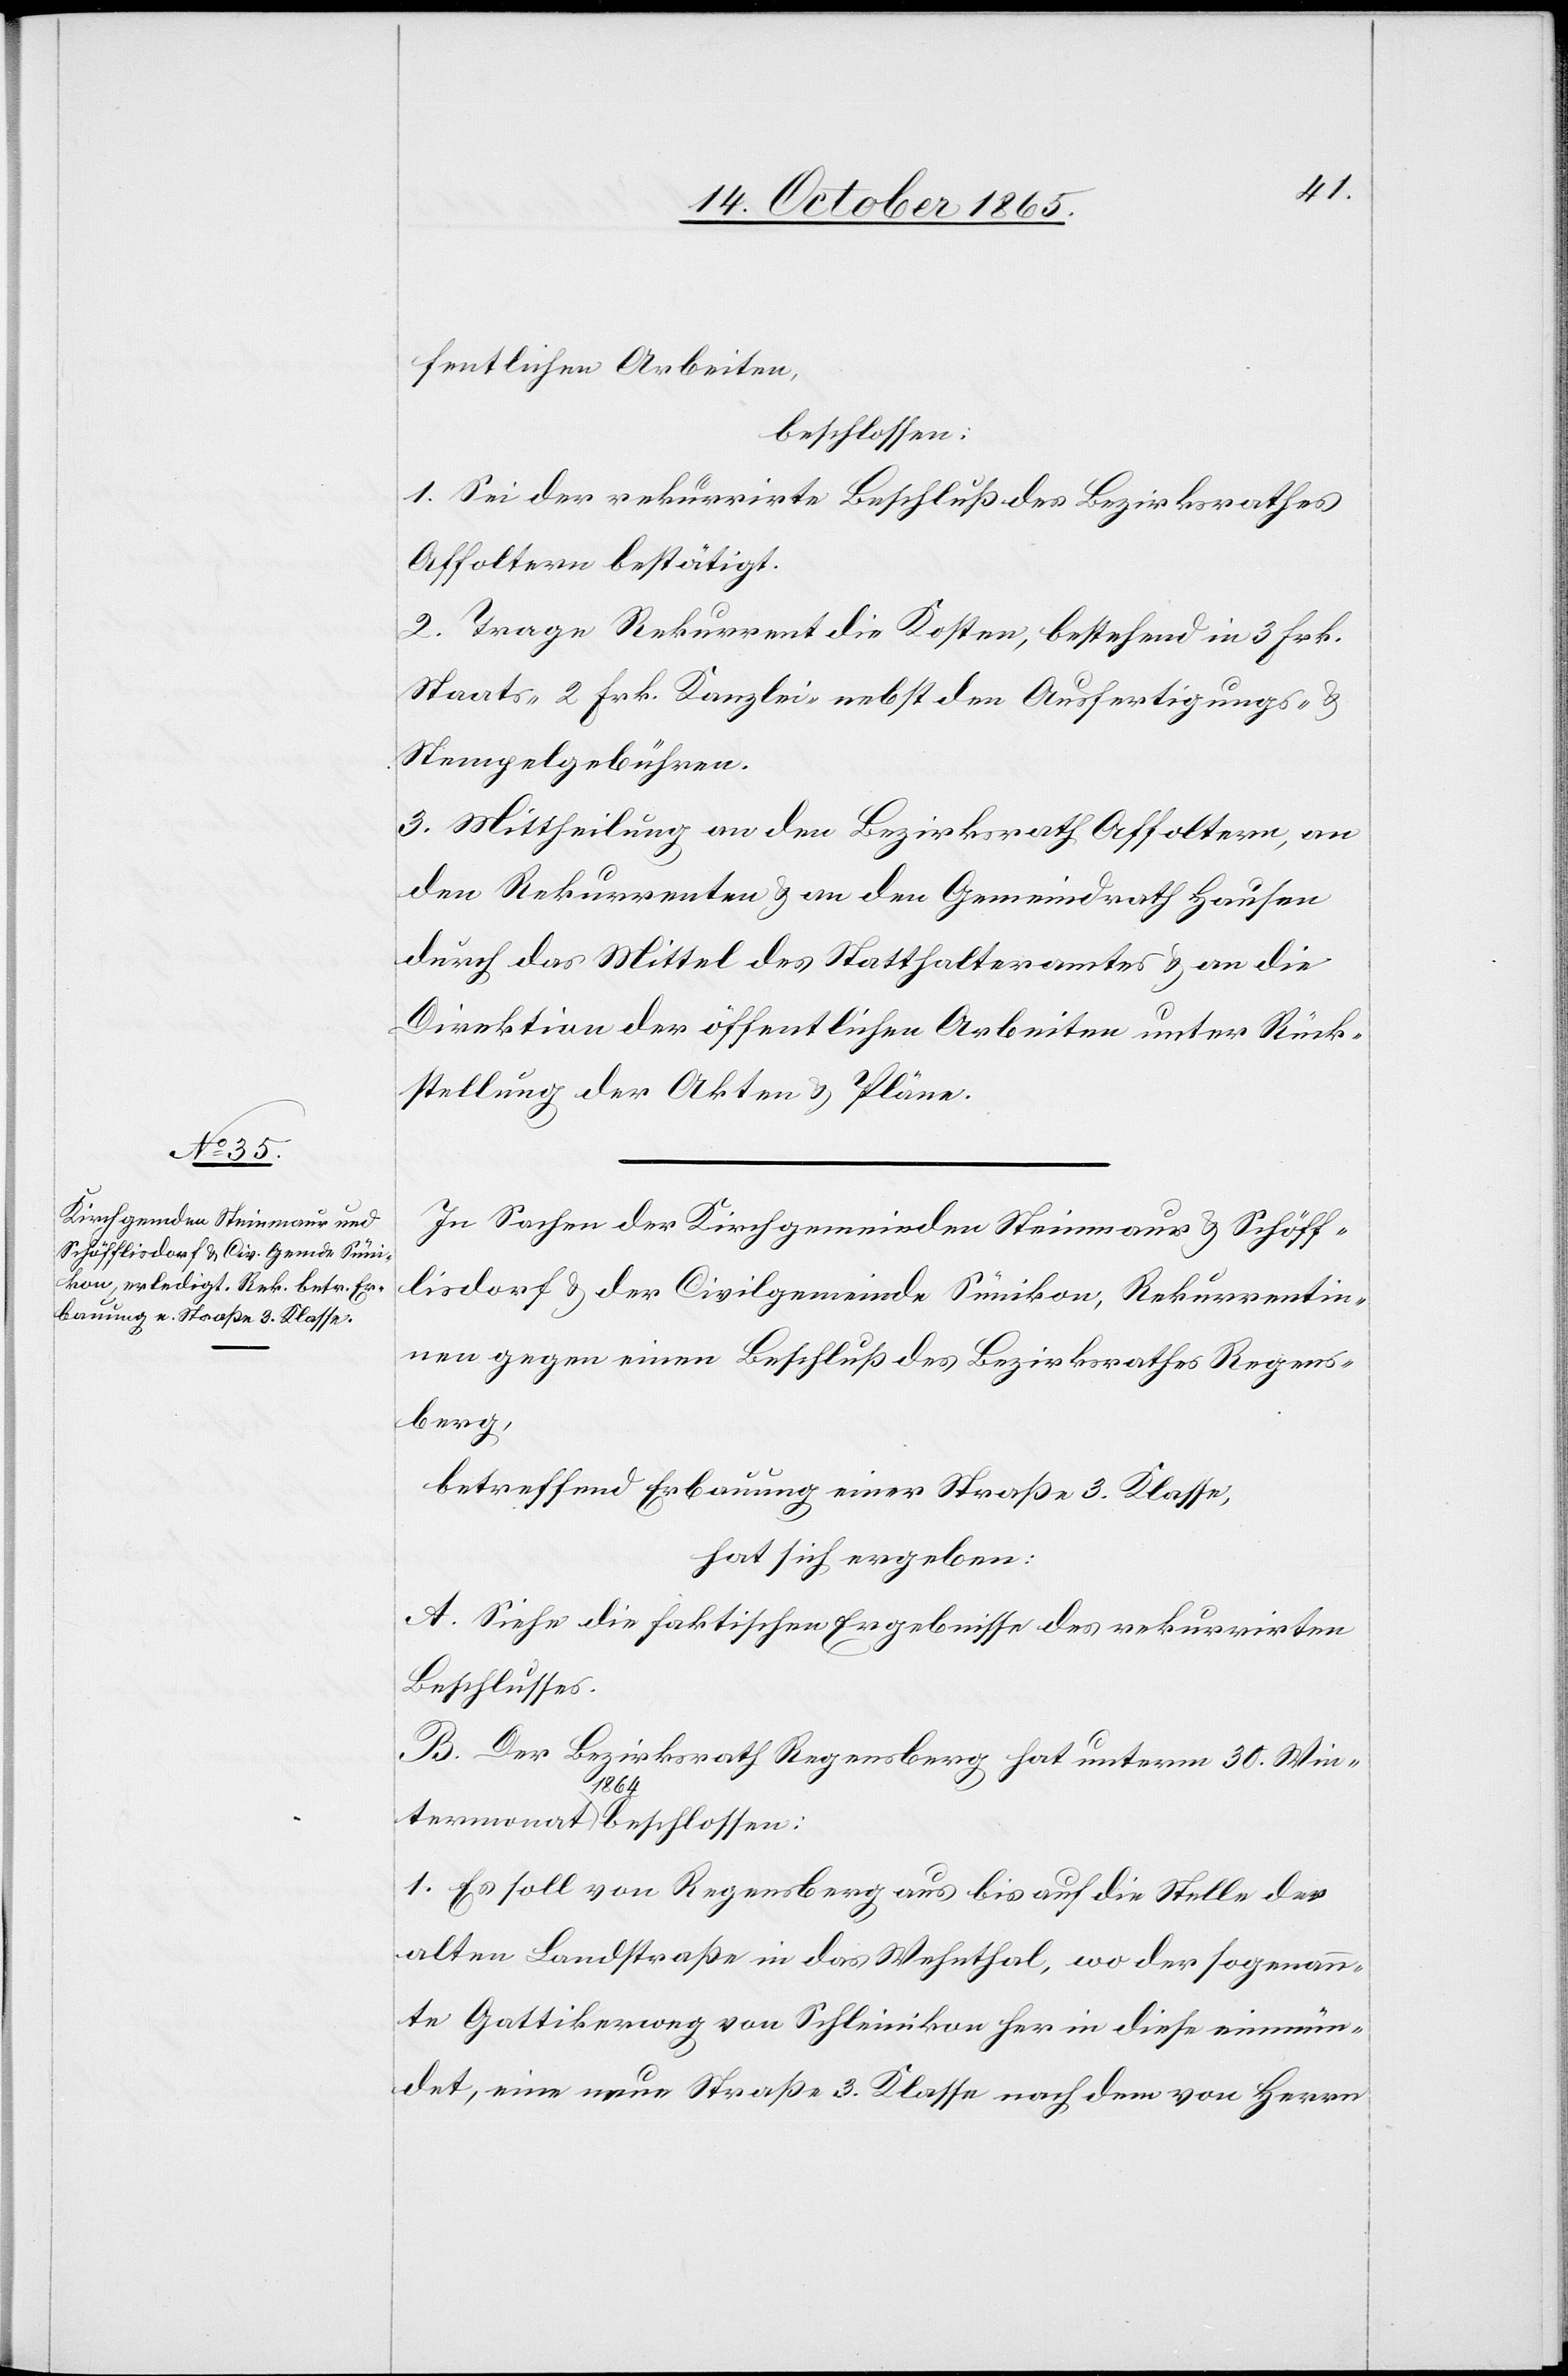
fentlichen Arbeiten,
beschlossen:
1. Sei der rekurrirte Beschluß des Bezirksrathes
Affoltern bestätigt.
2. Trage Rekurrent die Kosten, bestehend in 3 Frk.
Staats-[,] 2 Frk. Kanzlei-[,] nebst den Ausfertigungs- &
Stempelgebühren.
3. Mittheilung an den Bezirksrath Affoltern, an
den Rekurrenten & an den Gemeindrath Hausen
durch das Mittel des Statthalteramtes & an die
Direktion der öffentlichen Arbeiten unter Rück¬
stellung der Akten & Pläne.
In Sachen der Kirchgemeinden Steinmaur & Schöff¬
lisdorf & der Civilgemeinde Sünikon, Rekurrentin¬
nen gegen einen Beschluß des Bezirksrathes Regens¬
berg,
betreffend Erbauung einer Straße 3. Klasse,
hat sich ergeben:
A. Siehe die faktischen Ergebnisse des rekurrirten
Beschlusses.
B. Der Bezirksrath Regensberg hat unterm 30. Win¬
1864
1. Es soll von Regensberg aus bis auf die Stelle der
alten Landstraße in das Wehnthal, wo der sogenann¬
te Gattikerweg von Schleinikon her in diese einmün¬
det, eine neue Straße 3. Klasse nach dem von Herrn